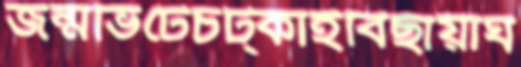
জন্মভিটেচট্‌কাইবিছায়াঘ